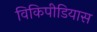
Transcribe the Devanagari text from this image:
विकिपीडियास